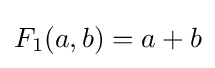
F_{1}(a,b)=a+b